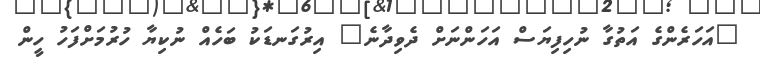
"އަހަރެންގެ އަތުގާ ނުހިފިޔަސް އަހަންނަށް ދެވިދާނެ" އިރުގަނޑަކު ބަހެއް ނުކިޔާ ހުރުމަށްފަހު ހީން